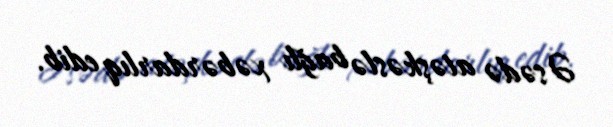
Əsədə atəşkəslə bağlı xəbərdarlıq edib.